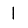
Digit: 1